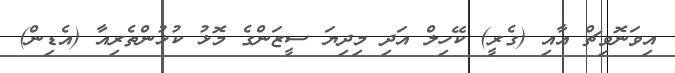
އިވަނޮވިޗް އާއި (ގެރީ) ކޭހިލް އަދި މިދިޔަ ސީޒަންގެ މޮޅު ކުޅުންތެރިއާ (އެޑިން)